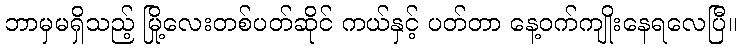
ဘာမှမရှိသည့် မြို့လေးတစ်ပတ်ဆိုင် ကယ်နှင့် ပတ်တာ နေ့ဝက်ကျိုးနေရလေပြီ။